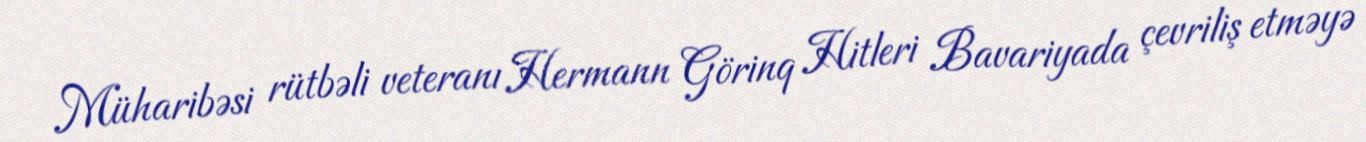
Müharibəsi rütbəli veteranı Hermann Görinq Hitleri Bavariyada çevriliş etməyə